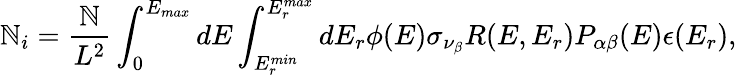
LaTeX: \mathbb{N}_{i}=\frac{{\mathbb{N}}}{{L^{2}}}\int_{0}^{E_{max}}dE\int_{E_{r}^{min}}^{E_{r}^{max}}dE_{r}\phi(E)\sigma_{\nu_{\beta}}R(E,E_{r})P_{\alpha\beta}(E)\epsilon(E_{r}),